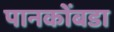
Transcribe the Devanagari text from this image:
पानकोंबडा